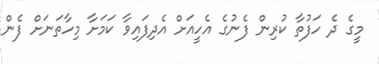
މީގެ ދެ ހަފުތާ ކުރިން ފެނުގެ އެހީއަށް އެދިފައިވާ ކަމަށާ މިހާތަނަށް ފެން